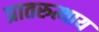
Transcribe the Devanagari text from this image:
प्रातरुत्थाय